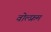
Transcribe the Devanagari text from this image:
वोल्फ़्रम